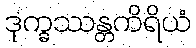
ဒုက္ခဿန္တကိရိယံ